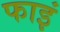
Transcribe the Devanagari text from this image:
फाइं